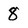
Character: 8